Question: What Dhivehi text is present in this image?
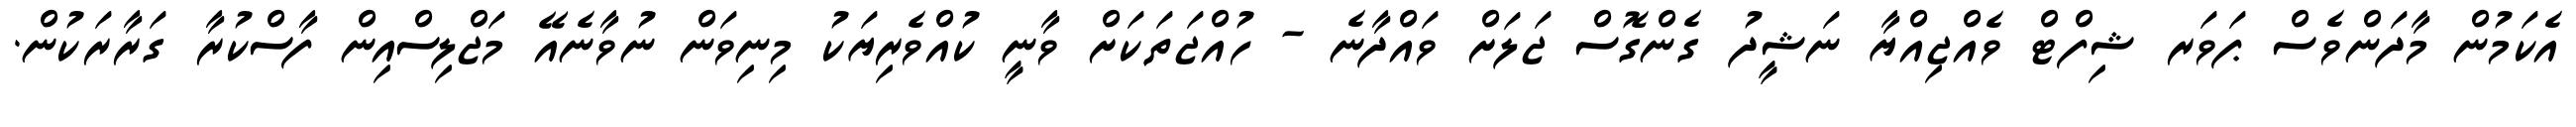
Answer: އެކަމުން މާދަންވެސް ޕަވަރ ޝިފްޓް ވެއްޖިއްޔާ ނަޝީދު ގެންގޮސް ޖަލަށް ވައްދާނެ - ހުއްޖަތަކަށް ވާނީ ކުއްވެރިޔަކު މިނިވަން ނުވާނެއޭ މަޖްލިސްއިން ފާސްކުރާ ގަރާރަކުން.